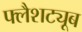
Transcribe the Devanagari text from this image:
फ्लैशट्यूब